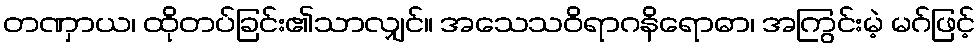
တဏှာယ၊ ထိုတပ်ခြင်း၏သာလျှင်။ အသေသဝိရာဂနိရောဓာ၊ အကြွင်းမဲ့ မဂ်ဖြင့်